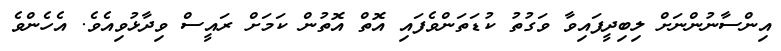
އިންސާނުންނަށް ލިބިދީފައިވާ ވަގުތު ކުޑަތަންވެފައި އޮތް އޮތުން ކަމަށް ރައީސް ވިދާޅުވިއެވެ. އެހެންވެ